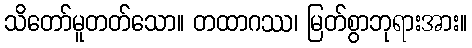
သိတော်မူတတ်သော။ တထာဂဿ၊ မြတ်စွာဘုရားအား။